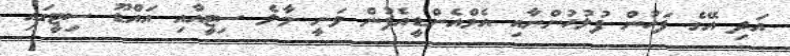
އަދި އޭގެ ފަހުން ފުލުހުންނާއި އެމްއެންޑީއެފުން ވަނީ މާލެ ސިޓީއާއި އައްޑޫ ސިޓީގައި